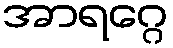
အာရဂ္ဂေ